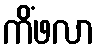
ကိံဖလာ